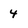
Character: 4